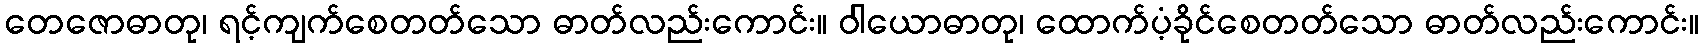
တေဇောဓာတု၊ ရင့်ကျက်စေတတ်သော ဓာတ်လည်းကောင်း။ ဝါယောဓာတု၊ ထောက်ပံ့ခိုင်စေတတ်သော ဓာတ်လည်းကောင်း။